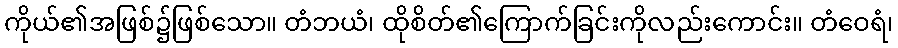
ကိုယ်၏အဖြစ်၌ဖြစ်သော။ တံဘယံ၊ ထိုစိတ်၏ကြောက်ခြင်းကိုလည်းကောင်း။ တံဝေရံ၊